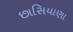
છાસિયાણા